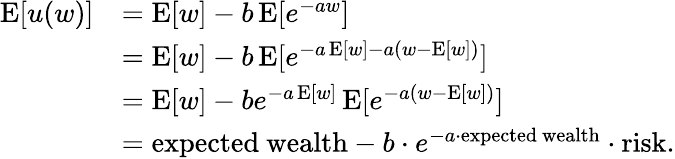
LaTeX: {\begin{array}{rl}{\operatorname{E}[u(w)]}&{=\operatorname{E}[w]-b\operatorname{E}[e^{-aw}]}\\ &{=\operatorname{E}[w]-b\operatorname{E}[e^{-a\operatorname{E}[w]-a(w-\operatorname{E}[w])}]}\\ &{=\operatorname{E}[w]-be^{-a\operatorname{E}[w]}\operatorname{E}[e^{-a(w-\operatorname{E}[w])}]}\\ &{={\mathrm{expected~wealth}}-b\cdot e^{-a\cdot{\mathrm{expected~wealth}}}\cdot{\mathrm{risk}}.}\end{array}}